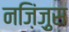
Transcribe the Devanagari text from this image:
नज़िंज़ुस